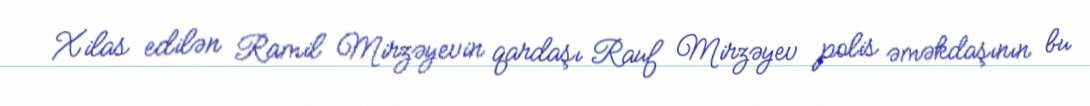
Xilas edilən Ramil Mirzəyevin qardaşı Rauf Mirzəyev polis əməkdaşının bu